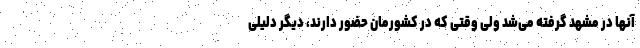
آنها در مشهد گرفته می‌شد ولی وقتی که در کشورمان حضور دارند، دیگر دلیلی